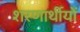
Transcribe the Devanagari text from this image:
शरणार्थीयों